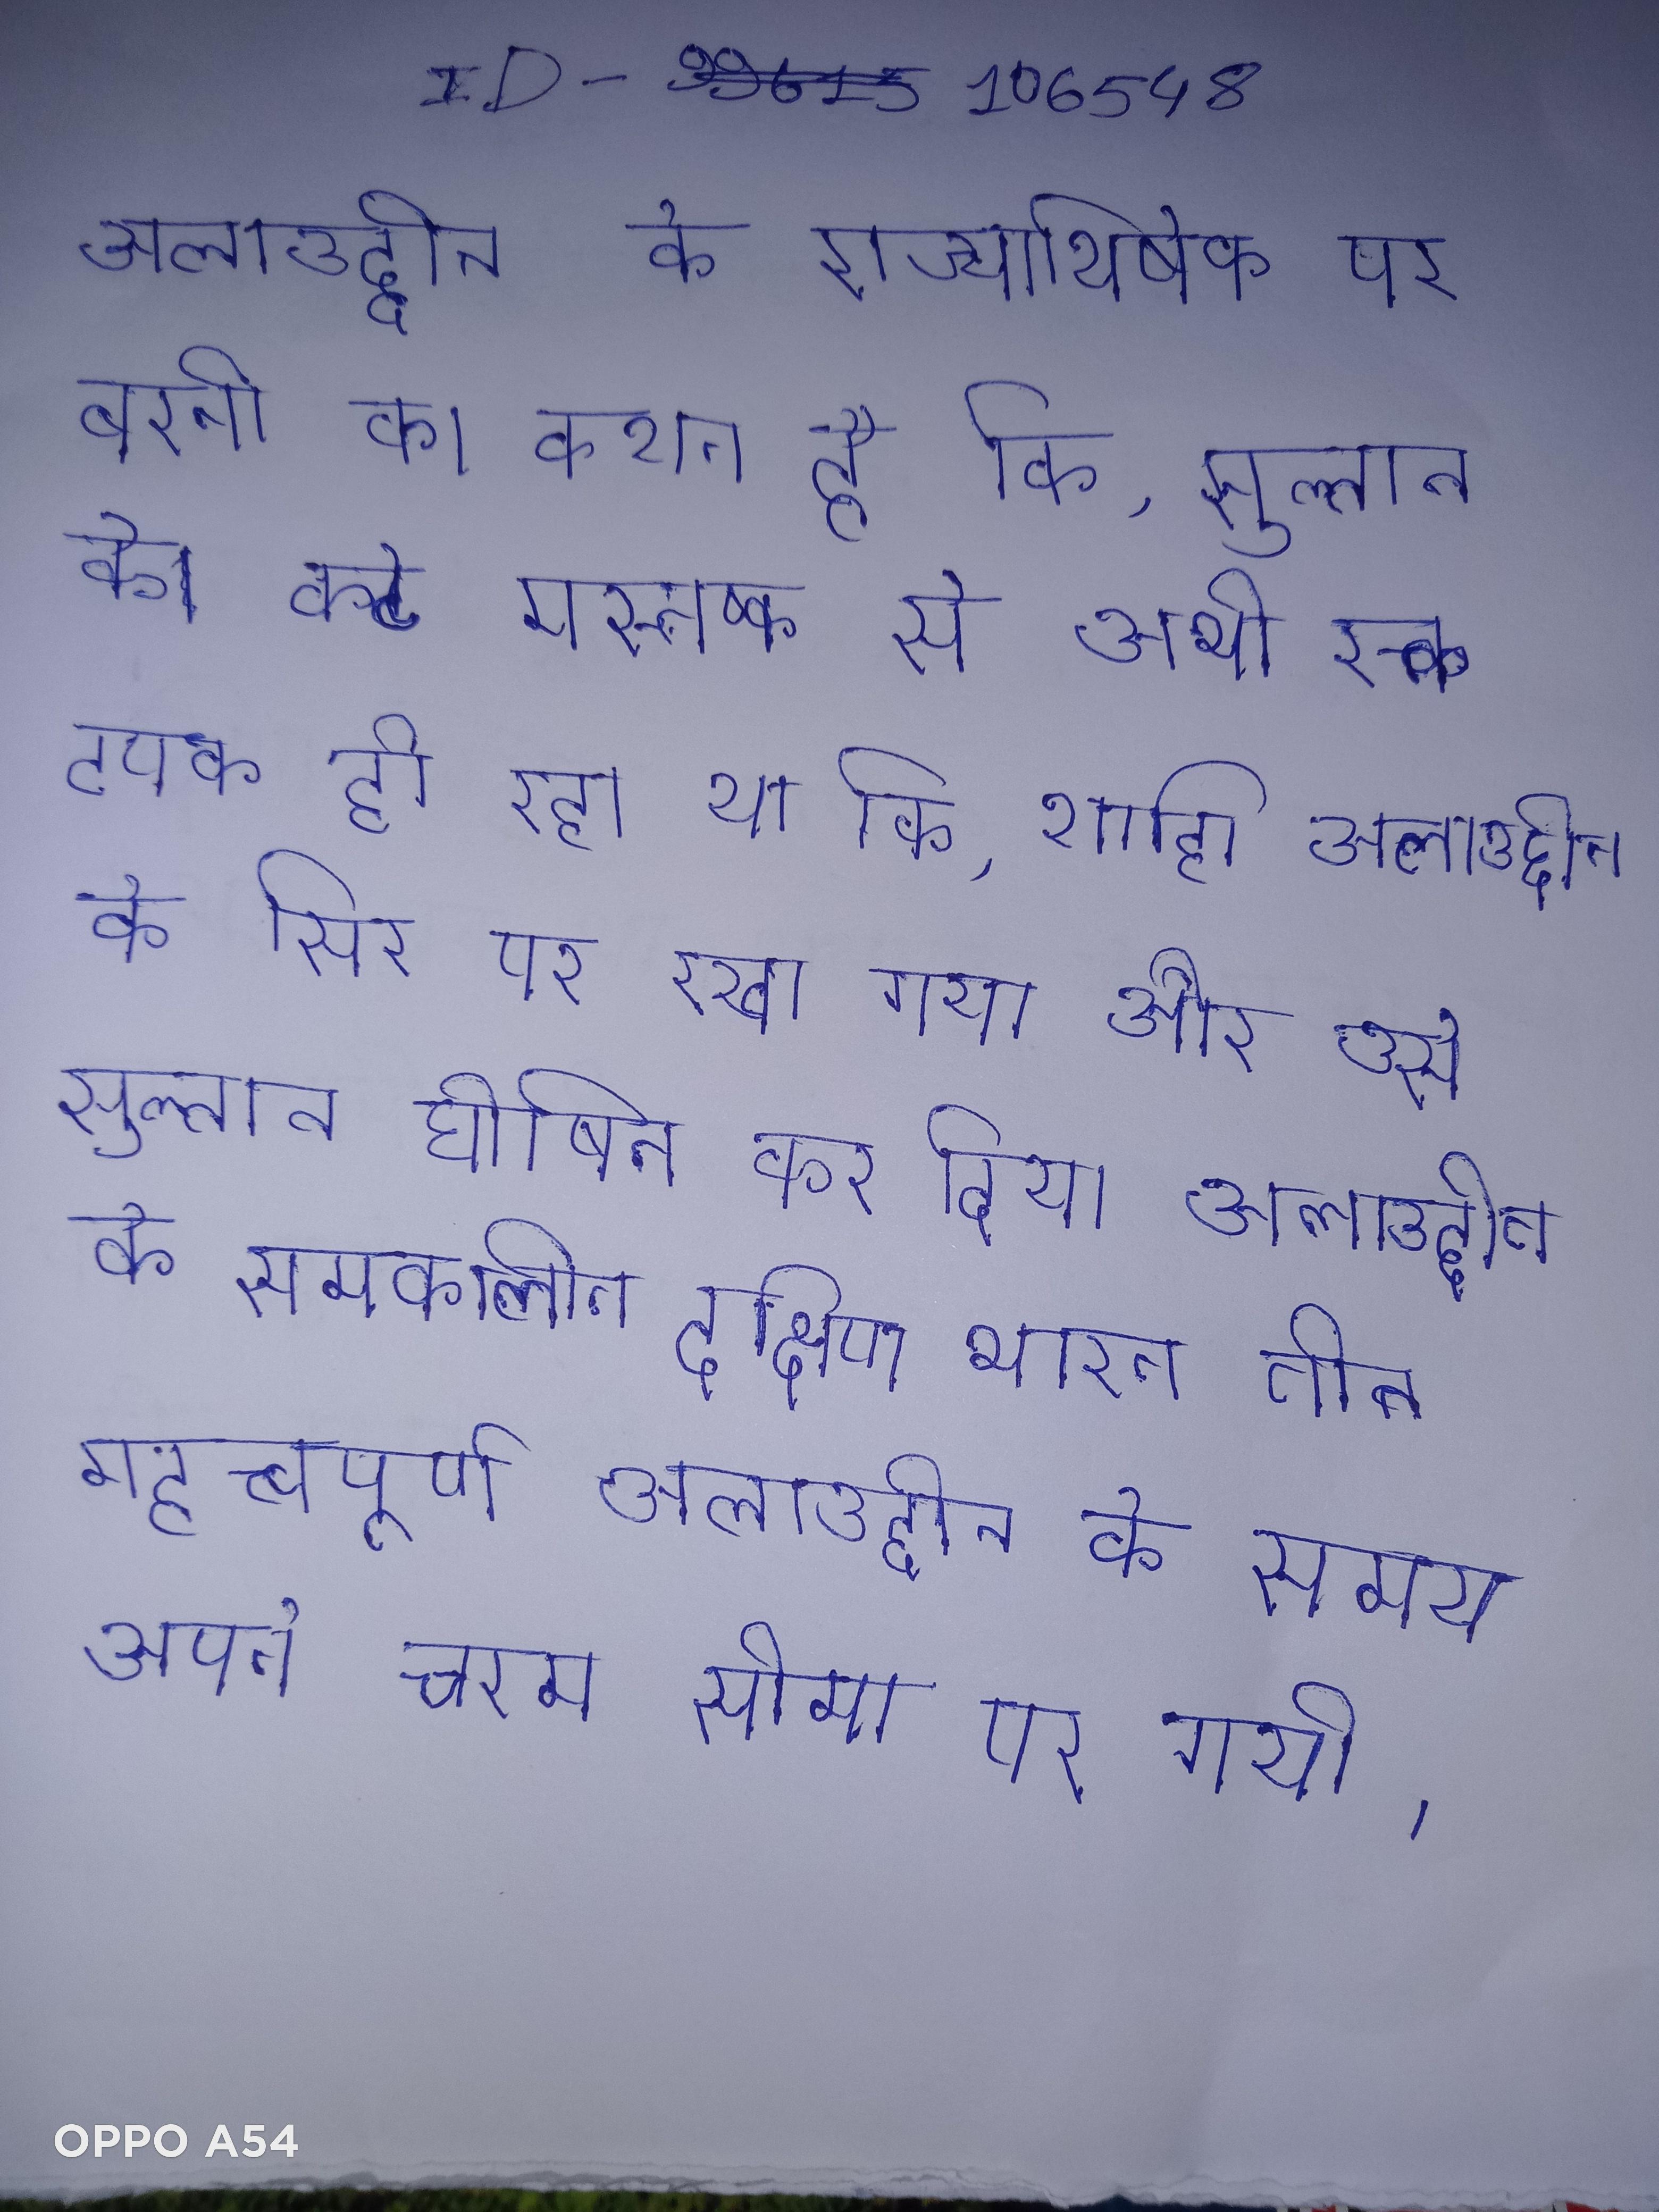
अलाउद्दीन के राज्याभिषेक पर बरनी का कथन है कि, सुल्तान के कटे मस्तष्क से अभी रक्त टपक ही रहा था कि, शाही अलाउद्दीन के सिर पर रखा गया और उसे सुल्तान घोषित कर दिया अलाउद्दीन के समकालीन दक्षिण भारत तीन महत्त्वपूर्ण अलाउद्दीन के समय अपने चरम सीमा पर गयी ।